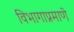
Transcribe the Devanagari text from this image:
विभागाप्रमाणे